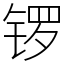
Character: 锣